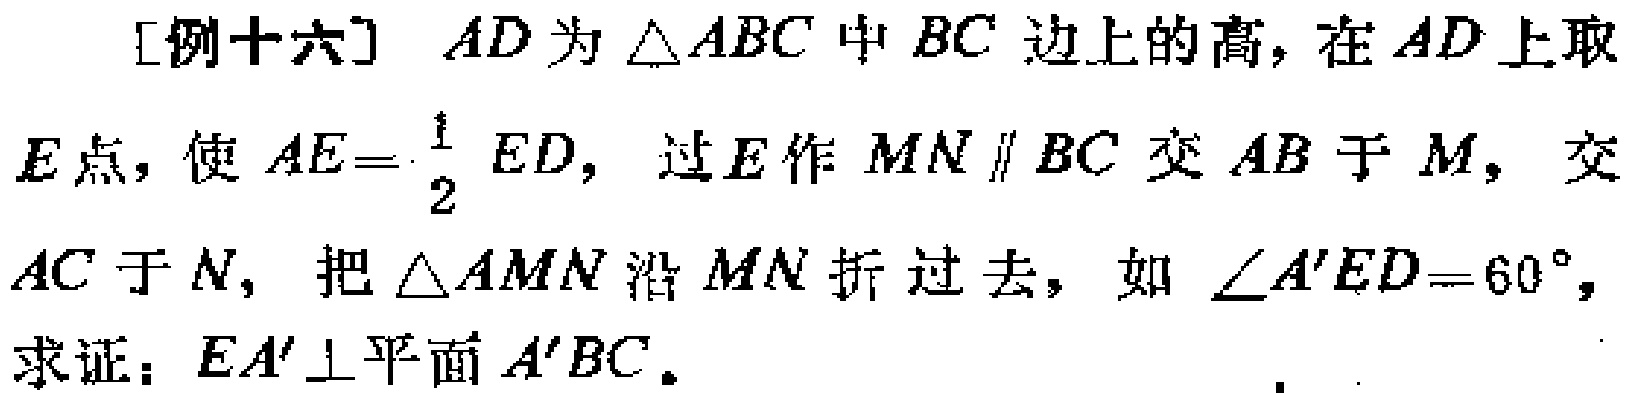
[例十六] $AD$为$\triangle ABC$中$BC$边上的高，在$AD$上取$E$点，使$AE = \frac{1}{2}ED$，过$E$作$MN \parallel BC$交$AB$于$M$，交$AC$于$N$，把$\triangle AMN$沿$MN$折过去，如$\angle A'ED = 60^{\circ}$，求证：$EA'\perp$平面$A'BC$。